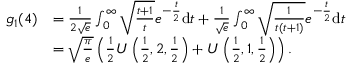
\begin{array} { r l } { g _ { 1 } ( 4 ) } & { = \frac { 1 } { 2 \sqrt { e } } \int _ { 0 } ^ { \infty } \sqrt { \frac { t + 1 } { t } } e ^ { - \frac { t } { 2 } } \mathrm { d } t + \frac { 1 } { \sqrt { e } } \int _ { 0 } ^ { \infty } \sqrt { \frac { 1 } { t ( t + 1 ) } } e ^ { - \frac { t } { 2 } } \mathrm { d } t } \\ & { = \sqrt { \frac { \pi } { e } } \left( \frac { 1 } { 2 } U \left( \frac { 1 } { 2 } , 2 , \frac { 1 } { 2 } \right) + U \left( \frac { 1 } { 2 } , 1 , \frac { 1 } { 2 } \right) \right) . } \end{array}